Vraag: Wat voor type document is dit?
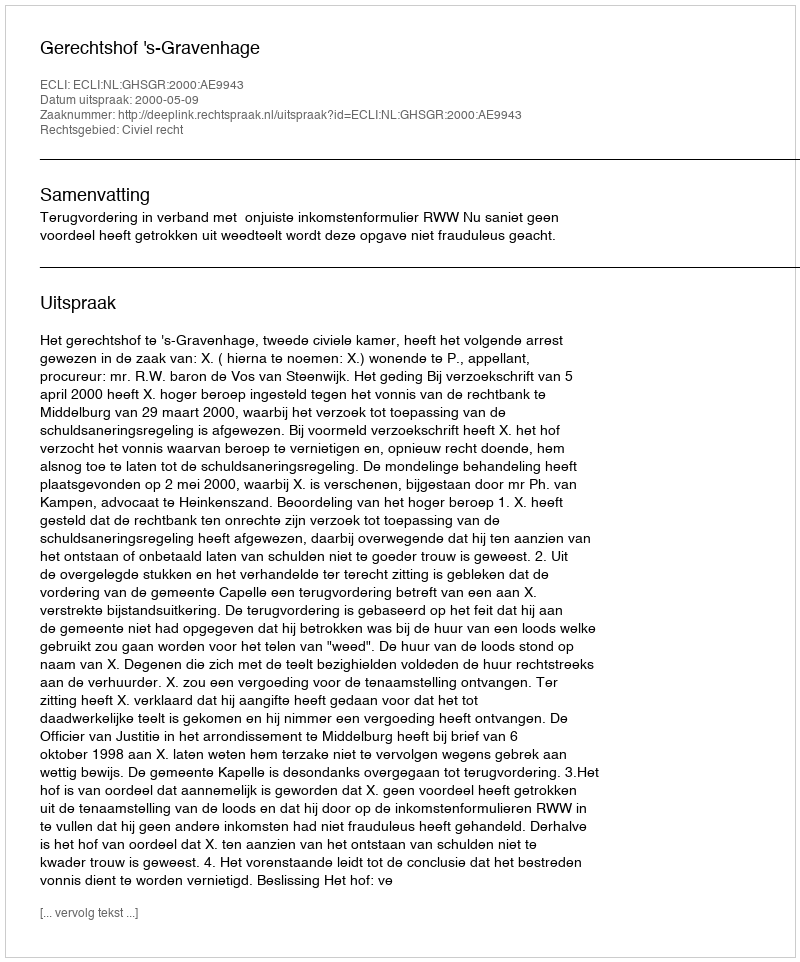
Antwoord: Uitspraak